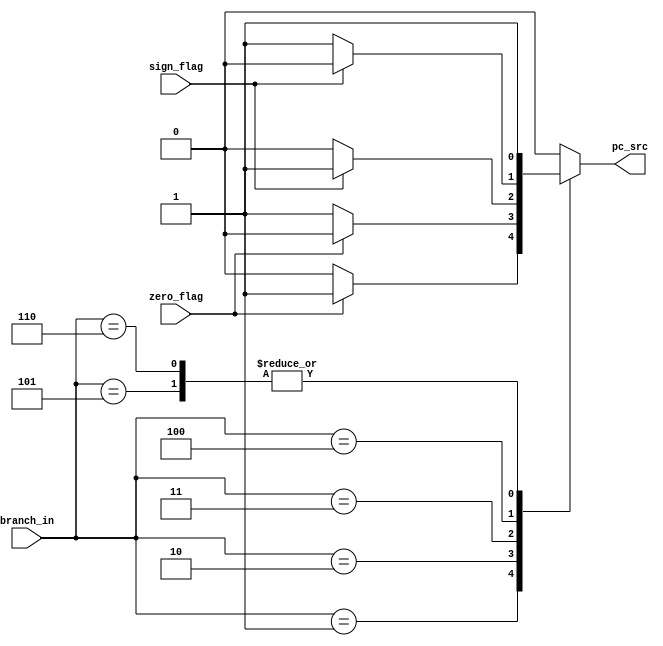
module Branch_CTLR
	(input [2:0] branch_in,
	 input zero_flag, sign_flag,
	 output reg pc_src);
	
	wire BEQ, BNQ, BLT, BGT;
	
	always@(branch_in, BEQ, BNQ, BLT, BGT) begin
		
		case (branch_in)
			3'b001: pc_src = BEQ; // branch equal
			3'b010: pc_src = BNQ; // branch not equal
			3'b011: pc_src = BLT; // branch less than
			3'b100: pc_src = BGT; // branch greater than (rs1 >= rs2)
			3'b101: pc_src = 1'b1;	// jump-and-link-register instruction (JALR) 
			3'b110: pc_src= 1'b1;	// jump and link instruction (JAL)
			default: pc_src = 1'b0;	
		endcase	
	end
	
	assign BEQ = zero_flag? 1'b1 : 1'b0;
	assign BNQ = zero_flag? 1'b0 : 1'b1;
	assign BLT = sign_flag? 1'b1 : 1'b0;
	assign BGT = sign_flag? 1'b0 : 1'b1;

endmodule